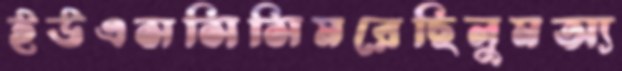
ইউএসসিসিমরেছিলুমঅ্য